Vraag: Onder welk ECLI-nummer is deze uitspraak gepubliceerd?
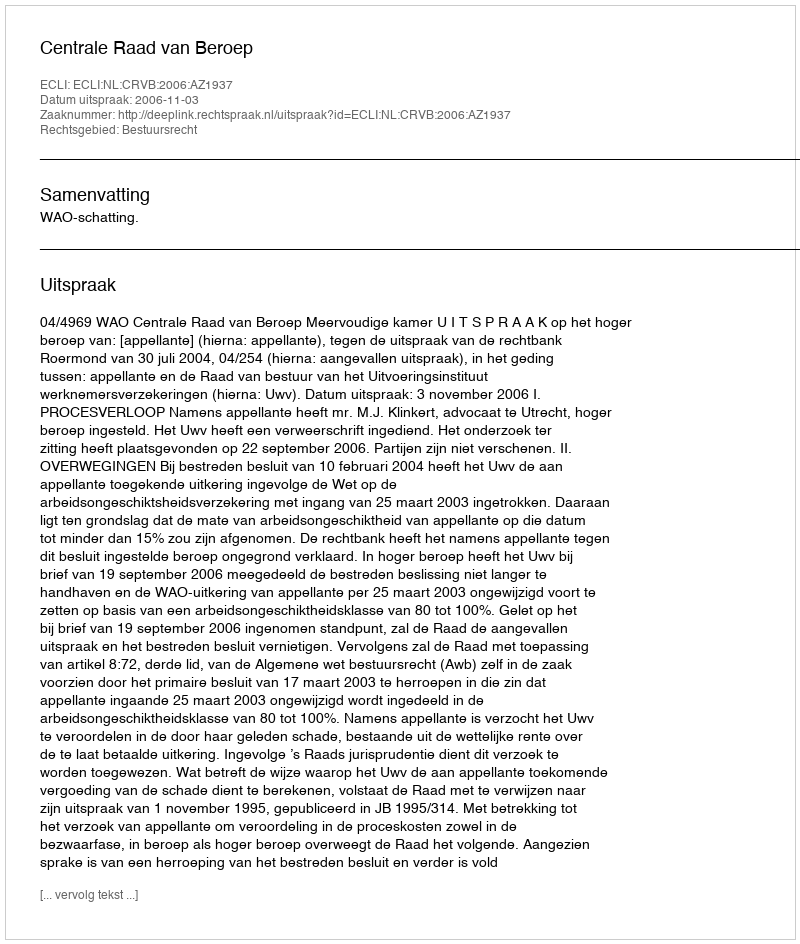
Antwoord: ECLI:NL:CRVB:2006:AZ1937